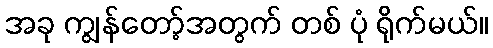
အခု ကျွန်တော့်အတွက် တစ် ပုံ ရိုက်မယ်။